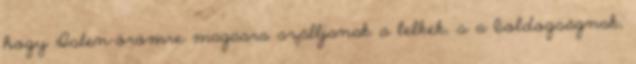
hogy Isten-örömre magasra szálljanak a lelkek, s a boldogságnak,